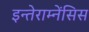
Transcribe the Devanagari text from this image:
इन्तेराम्नेंसिस